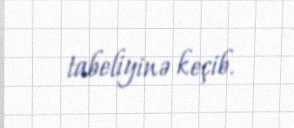
tabeliyinə keçib.